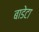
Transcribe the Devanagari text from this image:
बाडेटा